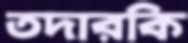
তদারকি